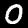
Digit: 0